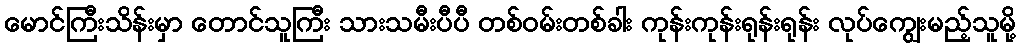
မောင်ကြီးသိန်းမှာ တောင်သူကြီး သားသမီးပီပီ တစ်ဝမ်းတစ်ခါး ကုန်းကုန်းရုန်းရုန်း လုပ်ကျွေးမည့်သူမို့